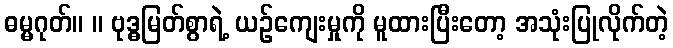
ဓမ္မဂုတ်။ ။ ဗုဒ္ဓမြတ်စွာရဲ့ ယဉ်ကျေးမှုကို မူထားပြီးတော့ အသုံးပြုလိုက်တဲ့